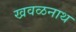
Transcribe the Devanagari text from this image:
खवळनाथ